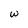
Character: w